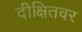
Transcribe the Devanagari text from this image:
दीक्षितवर